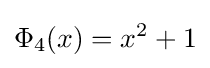
\Phi _{4}(x)=x^{2}+1